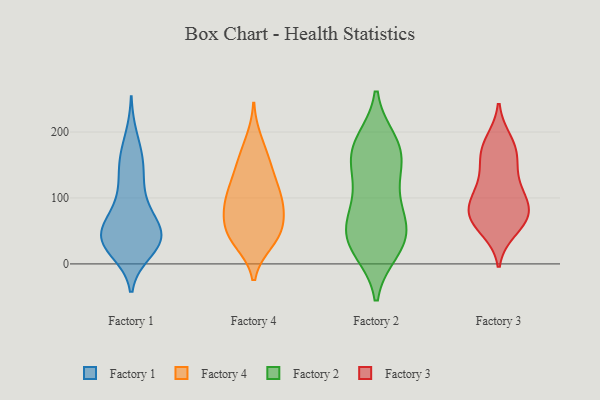
{"axis": {"x": "Shipments", "y": "Value"}, "legend": ["Factory 1", "Factory 2", "Factory 3", "Factory 4"], "data": [{"x": "", "y": 37, "type": "Factory 1"}, {"x": "", "y": 41, "type": "Factory 1"}, {"x": "", "y": 97, "type": "Factory 1"}, {"x": "", "y": 59, "type": "Factory 1"}, {"x": "", "y": 52, "type": "Factory 1"}, {"x": "", "y": 37, "type": "Factory 1"}, {"x": "", "y": 164, "type": "Factory 1"}, {"x": "", "y": 42, "type": "Factory 1"}, {"x": "", "y": 28, "type": "Factory 1"}, {"x": "", "y": 142, "type": "Factory 1"}, {"x": "", "y": 60, "type": "Factory 1"}, {"x": "", "y": 38, "type": "Factory 1"}, {"x": "", "y": 192, "type": "Factory 1"}, {"x": "", "y": 20, "type": "Factory 1"}, {"x": "", "y": 32, "type": "Factory 1"}, {"x": "", "y": 159, "type": "Factory 1"}, {"x": "", "y": 103, "type": "Factory 1"}, {"x": "", "y": 79, "type": "Factory 1"}, {"x": "", "y": 136, "type": "Factory 1"}, {"x": "", "y": 31, "type": "Factory 1"}, {"x": "", "y": 60, "type": "Factory 4"}, {"x": "", "y": 88, "type": "Factory 4"}, {"x": "", "y": 146, "type": "Factory 4"}, {"x": "", "y": 64, "type": "Factory 4"}, {"x": "", "y": 187, "type": "Factory 4"}, {"x": "", "y": 38, "type": "Factory 4"}, {"x": "", "y": 113, "type": "Factory 4"}, {"x": "", "y": 42, "type": "Factory 4"}, {"x": "", "y": 77, "type": "Factory 4"}, {"x": "", "y": 42, "type": "Factory 4"}, {"x": "", "y": 162, "type": "Factory 4"}, {"x": "", "y": 92, "type": "Factory 4"}, {"x": "", "y": 106, "type": "Factory 4"}, {"x": "", "y": 142, "type": "Factory 4"}, {"x": "", "y": 33, "type": "Factory 4"}, {"x": "", "y": 107, "type": "Factory 4"}, {"x": "", "y": 26, "type": "Factory 2"}, {"x": "", "y": 177, "type": "Factory 2"}, {"x": "", "y": 185, "type": "Factory 2"}, {"x": "", "y": 51, "type": "Factory 2"}, {"x": "", "y": 40, "type": "Factory 2"}, {"x": "", "y": 172, "type": "Factory 2"}, {"x": "", "y": 154, "type": "Factory 2"}, {"x": "", "y": 114, "type": "Factory 2"}, {"x": "", "y": 21, "type": "Factory 2"}, {"x": "", "y": 134, "type": "Factory 2"}, {"x": "", "y": 85, "type": "Factory 2"}, {"x": "", "y": 65, "type": "Factory 2"}, {"x": "", "y": 174, "type": "Factory 2"}, {"x": "", "y": 29, "type": "Factory 2"}, {"x": "", "y": 62, "type": "Factory 2"}, {"x": "", "y": 67, "type": "Factory 3"}, {"x": "", "y": 52, "type": "Factory 3"}, {"x": "", "y": 186, "type": "Factory 3"}, {"x": "", "y": 147, "type": "Factory 3"}, {"x": "", "y": 83, "type": "Factory 3"}, {"x": "", "y": 77, "type": "Factory 3"}, {"x": "", "y": 68, "type": "Factory 3"}, {"x": "", "y": 105, "type": "Factory 3"}, {"x": "", "y": 64, "type": "Factory 3"}, {"x": "", "y": 172, "type": "Factory 3"}, {"x": "", "y": 113, "type": "Factory 3"}, {"x": "", "y": 178, "type": "Factory 3"}, {"x": "", "y": 156, "type": "Factory 3"}, {"x": "", "y": 111, "type": "Factory 3"}, {"x": "", "y": 84, "type": "Factory 3"}]}